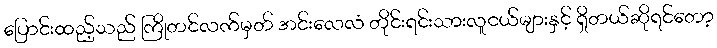
ပြောင်းထည့်သည် ကြိုတင်လက်မှတ် အင်းလေလံ တိုင်းရင်းသားလူငယ်များနှင့် ရှိတယ်ဆိုရင်တော့